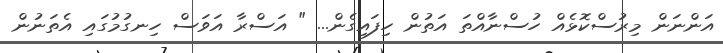
އަންނަން މިރުސްކޮޅެއް ހުސްނާއްތަ އަތުން ހިފައިގެން... " އަސްރާ އަވަސް ހިނގުމުގައި އެތަނުން